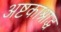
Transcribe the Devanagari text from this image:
अष्टकाश्राद्ध